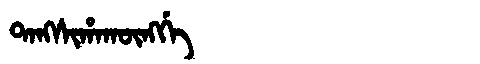
Manchu: ᡨᠠᠩᠰᡳᡥᠠᡴᡡᠩᡤᡝ
Romanization: TANGSIHAKŪNGGE